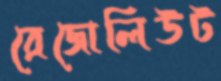
রেজোলিউট